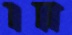
חו